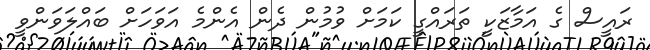
ރައީސް ގެ އަމާޒަކީ ތަރައްގީ ކަމަށް ވުމުން ދެން އެންމެ އަވަހަށް ބައްލަވަންވީ